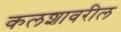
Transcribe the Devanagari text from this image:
कलशावरील